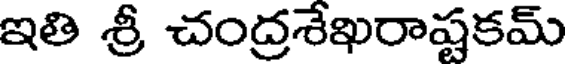
ఇతి శ్రీ చంద్రశేఖరాష్టకమ్